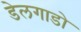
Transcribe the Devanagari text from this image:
डेलगाडो